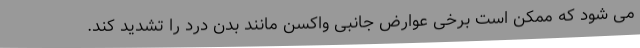
می شود که ممکن است برخی عوارض جانبی واکسن مانند بدن درد را تشدید کند.